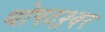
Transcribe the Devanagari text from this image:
धोपटश्र्वर